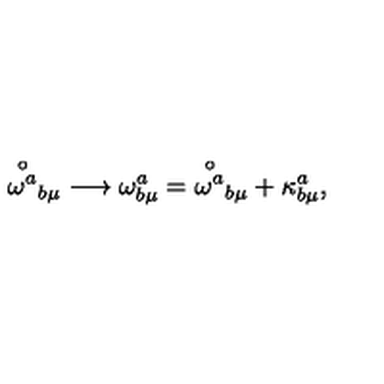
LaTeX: { \stackrel { \circ } { \omega ^ { a } } } _ { b \mu } \longrightarrow \omega _ { b \mu } ^ { a } = { \stackrel { \circ } { \omega ^ { a } } } _ { b \mu } + \kappa _ { b \mu } ^ { a } ,